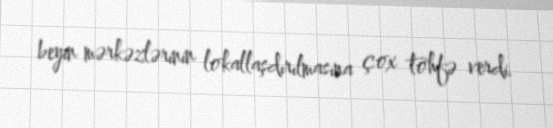
beyin mərkəzlərinin lokallaşdırılmasına çox töhfə verdi.